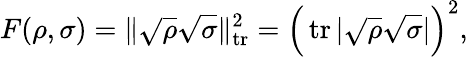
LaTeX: F(\rho,\sigma)=\lVert{\sqrt{\rho}}{\sqrt{\sigma}}\rVert_{\operatorname{tr}}^{2}={\Big(}\operatorname{tr}|{\sqrt{\rho}}{\sqrt{\sigma}}|{\Big)}^{2},